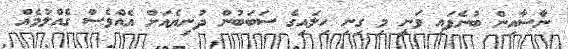
ނާސާއިން ބުނެފައި ވަނީ މި ގިނި ހިލައިގެ ސަބަބުން ދުނިޔެއަށް އެއްވެސް ގެއްލުމެއް